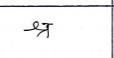
मजकूर: श्र